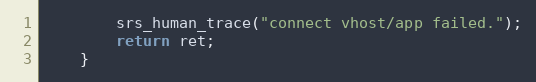
Language: C
        srs_human_trace("connect vhost/app failed.");
        return ret;
    }